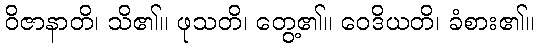
ဝိဇာနာတိ၊ သိ၏။ ဖုသတိ၊ တွေ့၏။ ဝေဒိယတိ၊ ခံစား၏။